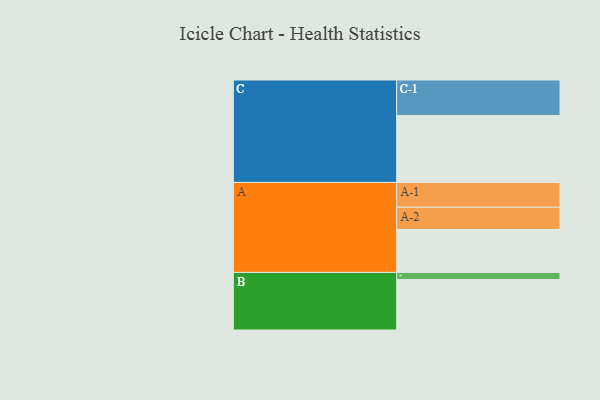
{"axis": {"x": "Segment", "y": "Value"}, "legend": ["", "A", "B", "C"], "data": [{"x": "A", "y": 300, "type": ""}, {"x": "B", "y": 353, "type": ""}, {"x": "C", "y": 469, "type": ""}, {"x": "A-1", "y": 173, "type": "A"}, {"x": "A-2", "y": 157, "type": "A"}, {"x": "B-1", "y": 50, "type": "B"}, {"x": "C-1", "y": 248, "type": "C"}]}